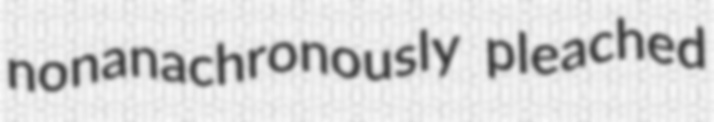
nonanachronously pleached